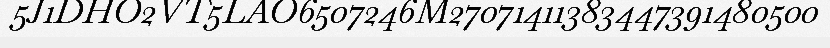
5J1DHO2VT5LAO6507246M27071411383447391480500